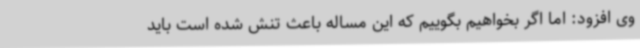
وی افزود: اما اگر بخواهیم بگوییم که این مساله باعث تنش شده است باید